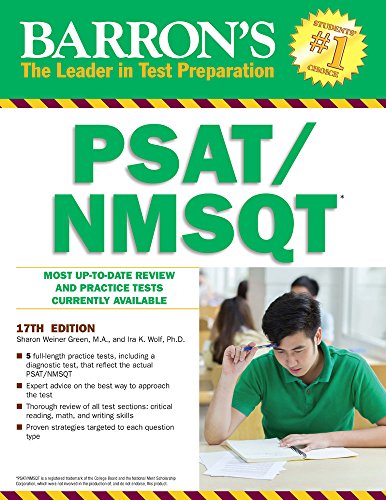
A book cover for Barron's PSAT/NMSQT, 17th Edition; Ira K. Wolf Ph.D.; Test Preparation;